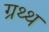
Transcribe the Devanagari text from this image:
ग्रथ्थ